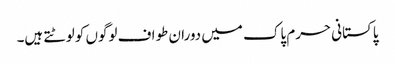
پاکستانی حرم پاک میں دوران طواف لوگوں کو لوٹتے ہیں۔